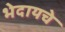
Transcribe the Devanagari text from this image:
भेदायचे